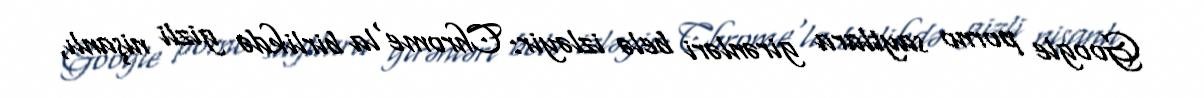
Google porno saytlara girənləri belə izləyir: Chrome'la birlikdə gizli nişanlı,